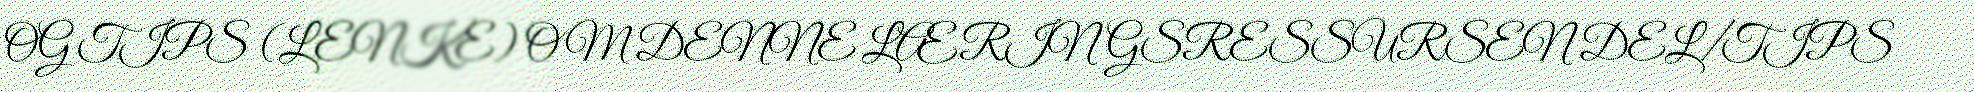
OG TIPS (LENKE) OM DENNE LÆRINGSRESSURSEN DEL/TIPS